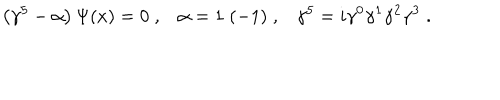
LaTeX: \left( \gamma ^ { 5 } - \alpha \right) \Psi ( x ) = 0 \; , \alpha = 1 \; ( - 1 ) \; , \gamma ^ { 5 } = i \gamma ^ { 0 } \gamma ^ { 1 } \gamma ^ { 2 } \gamma ^ { 3 } \; .